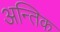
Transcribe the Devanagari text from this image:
अन्तिक